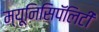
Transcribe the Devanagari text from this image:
म्यूनिसिपॅलिटी